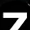
Digit: 7